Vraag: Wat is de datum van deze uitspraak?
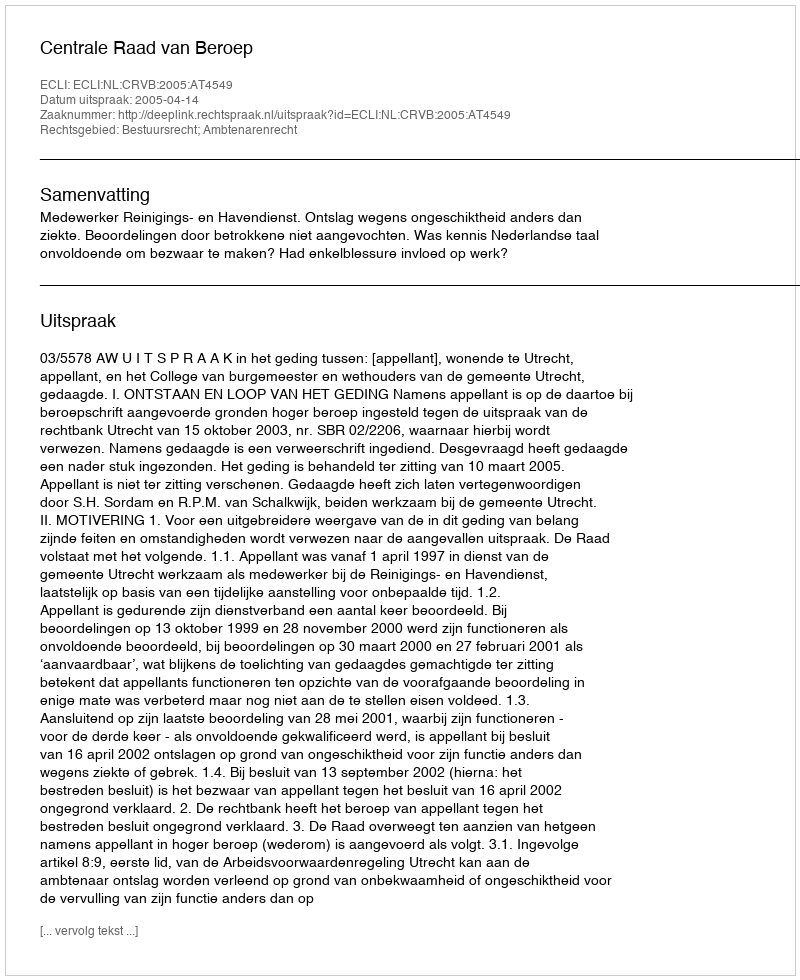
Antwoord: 2005-04-14